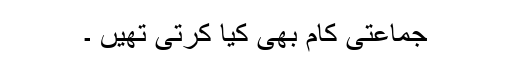
جماعتی کام بھی کیا کرتی تھیں ۔